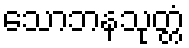
သောဘနသုတ္တံ